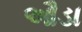
ઔડા